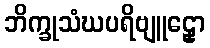
ဘိက္ခုသံဃပရိဗျူဠှော